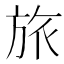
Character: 旅